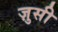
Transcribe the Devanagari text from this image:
ज़ुसी